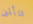
تتألمين